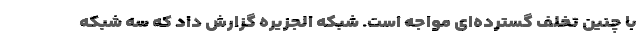
با چنین تخلف گسترده‌ای مواجه است. شبکه الجزیره گزارش داد که سه شبکه‌